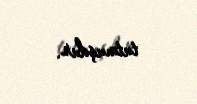
tutmuşdur.